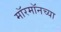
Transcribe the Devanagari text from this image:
मॉरमॉनच्या